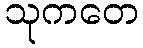
သုကတေ